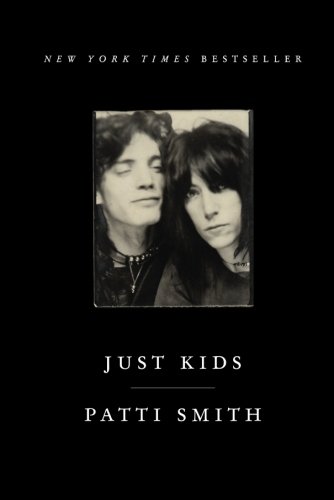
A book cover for Just Kids; Patti Smith; Humor & Entertainment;